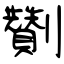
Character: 劗